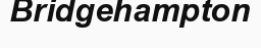
Bridgehampton